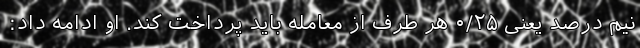
نیم درصد یعنی ۰/۲۵ هر طرف از معامله باید پرداخت کند. او ادامه داد: